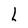
Character: L